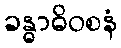
ခန္ဓာဓိဝစနံ